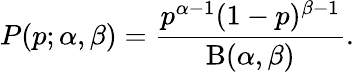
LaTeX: P(p;\alpha,\beta)={\frac{p^{\alpha-1}(1-p)^{\beta-1}}{\mathrm{B}(\alpha,\beta)}}.